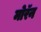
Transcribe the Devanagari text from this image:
मोरॅन